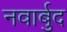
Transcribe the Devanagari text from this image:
नवार्बुद